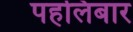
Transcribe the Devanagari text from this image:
पहलिबार